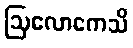
ဩလောကေသိ